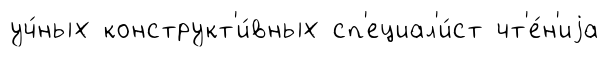
уч́ных конструкт'и́вных сп'ециал'и́ст чт'е́н'иjа